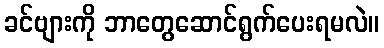
ခင်ဗျားကို ဘာတွေဆောင်ရွက်ပေးရမလဲ။